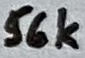
Text: 56k